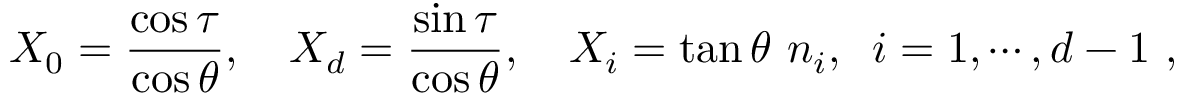
X _ { 0 } = { \frac { \cos \tau } { \cos \theta } } , \quad X _ { d } = { \frac { \sin \tau } { \cos \theta } } , \quad X _ { i } = \tan \theta \, \, n _ { i } , \; \; i = 1 , \cdots , d - 1 \ ,